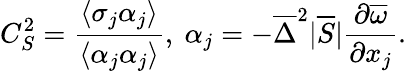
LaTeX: C_{S}^{2}=\frac{\langle\sigma_{j}\alpha_{j}\rangle}{\langle\alpha_{j}\alpha_{j}\rangle},~\alpha_{j}=-\overline{{\Delta}}^{2}|\overline{{S}}|\frac{\partial\overline{{\omega}}}{\partial x_{j}}.